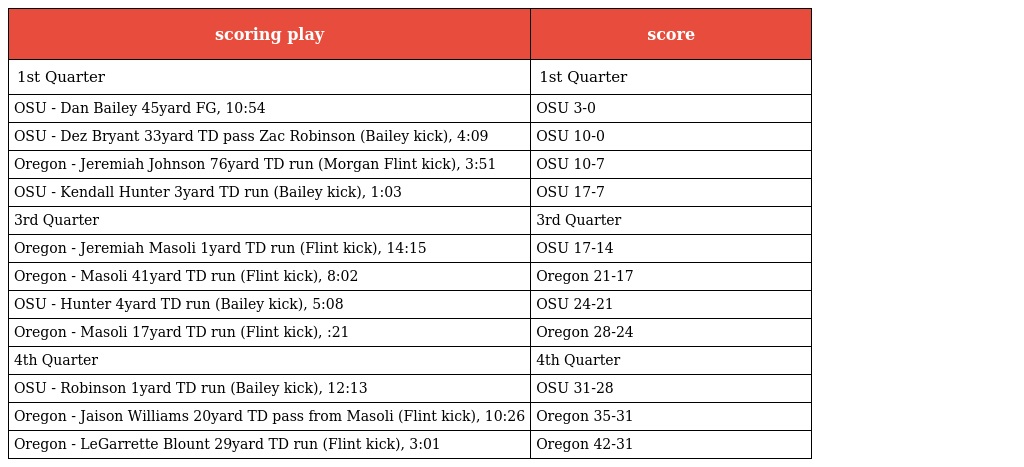
| scoring play | score |
 | --- | --- |
 | 1st Quarter | 1st Quarter |
 | OSU - Dan Bailey 45yard FG, 10:54 | OSU 3-0 |
 | OSU - Dez Bryant 33yard TD pass Zac Robinson (Bailey kick), 4:09 | OSU 10-0 |
 | Oregon - Jeremiah Johnson 76yard TD run (Morgan Flint kick), 3:51 | OSU 10-7 |
 | OSU - Kendall Hunter 3yard TD run (Bailey kick), 1:03 | OSU 17-7 |
 | 3rd Quarter | 3rd Quarter |
 | Oregon - Jeremiah Masoli 1yard TD run (Flint kick), 14:15 | OSU 17-14 |
 | Oregon - Masoli 41yard TD run (Flint kick), 8:02 | Oregon 21-17 |
 | OSU - Hunter 4yard TD run (Bailey kick), 5:08 | OSU 24-21 |
 | Oregon - Masoli 17yard TD run (Flint kick), :21 | Oregon 28-24 |
 | 4th Quarter | 4th Quarter |
 | OSU - Robinson 1yard TD run (Bailey kick), 12:13 | OSU 31-28 |
 | Oregon - Jaison Williams 20yard TD pass from Masoli (Flint kick), 10:26 | Oregon 35-31 |
 | Oregon - LeGarrette Blount 29yard TD run (Flint kick), 3:01 | Oregon 42-31 |